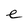
Character: e